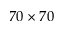
7 0 \times 7 0